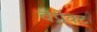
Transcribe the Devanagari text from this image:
वेप्रेक्ट